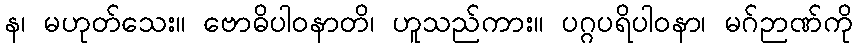
န၊ မဟုတ်သေး။ ဗောဓိပါဝနာတိ၊ ဟူသည်ကား။ ပဂ္ဂပရိပါဝနာ၊ မဂ်ဉာဏ်ကို